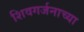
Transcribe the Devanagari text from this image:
शिवगर्जनाच्या